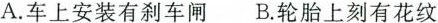
A.车上安装有刹车闸B.轮胎上刻有花纹